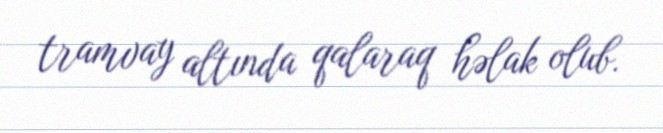
tramvay altında qalaraq həlak olub.